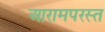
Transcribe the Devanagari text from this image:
आरामपरस्त